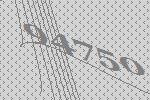
94750